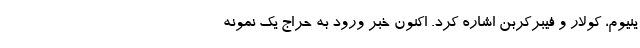
ینیوم، کولار و فیبرکربن اشاره کرد. اکنون خبر ورود به حراج یک نمونه